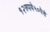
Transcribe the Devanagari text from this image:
१२रुपये५०पेसे